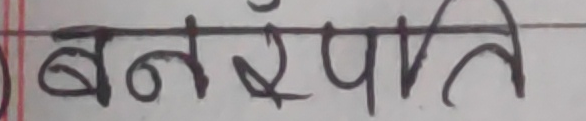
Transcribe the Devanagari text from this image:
बनस्पति